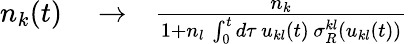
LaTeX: \begin{array}{rlr}{n_{k}(t)}&{{}\rightarrow}&{\frac{n_{k}}{1+n_{l}\, \int_{0}^{t}d\tau\, u_{kl}(t)\, \sigma_{R}^{kl}\left(u_{kl}(t)\right)}}\end{array}